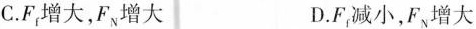
C.F_{f}增大，F_{N}增大 D.F_{f}减小，F_{N}增大